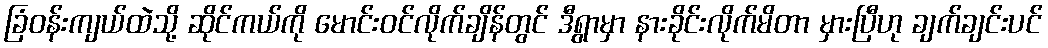
ခြံဝန်းကျယ်ထဲသို့ ဆိုင်ကယ်ကို မောင်းဝင်လိုက်ချိန်တွင် ဒီရွာမှာ နားခိုင်းလိုက်မိတာ မှားပြီဟု ချက်ချင်းပင်